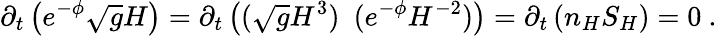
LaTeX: \partial_{t}\left(e^{-\phi}\sqrt{g}H\right)=\partial_{t}\left((\sqrt{g}H^{3})~~(e^{-\phi}H^{-2})\right)=\partial_{t}\left(n_{H}S_{H}\right)=0~.